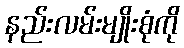
နည်းလမ်းမျိုးစုံကို